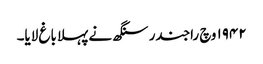
١٩٤٢ وچ راجندر سنگھ نے پہلا باغ لایا۔